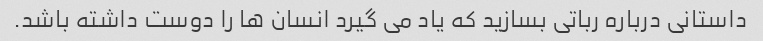
داستانی درباره رباتی بسازید که یاد می گیرد انسان ها را دوست داشته باشد.